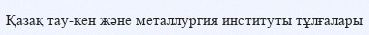
Қазақ тау-кен және металлургия институты тұлғалары